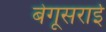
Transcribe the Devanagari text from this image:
बेगूसराई